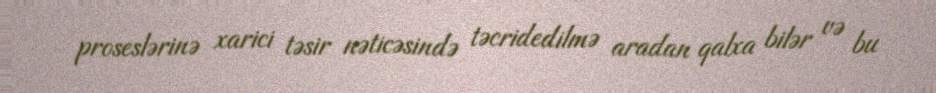
proseslərinə xarici təsir nəticəsində təcridedilmə aradan qalxa bilər və bu